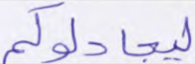
ليجادلوكم